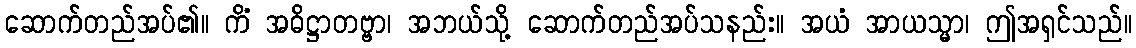
ဆောက်တည်အပ်၏။ ကိံ အဓိဋ္ဌာတဗ္ဗာ၊ အဘယ်သို့ ဆောက်တည်အပ်သနည်း။ အယံ အာယသ္မာ၊ ဤအရှင်သည်။